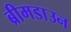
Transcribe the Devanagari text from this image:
ब्रीमडाउन